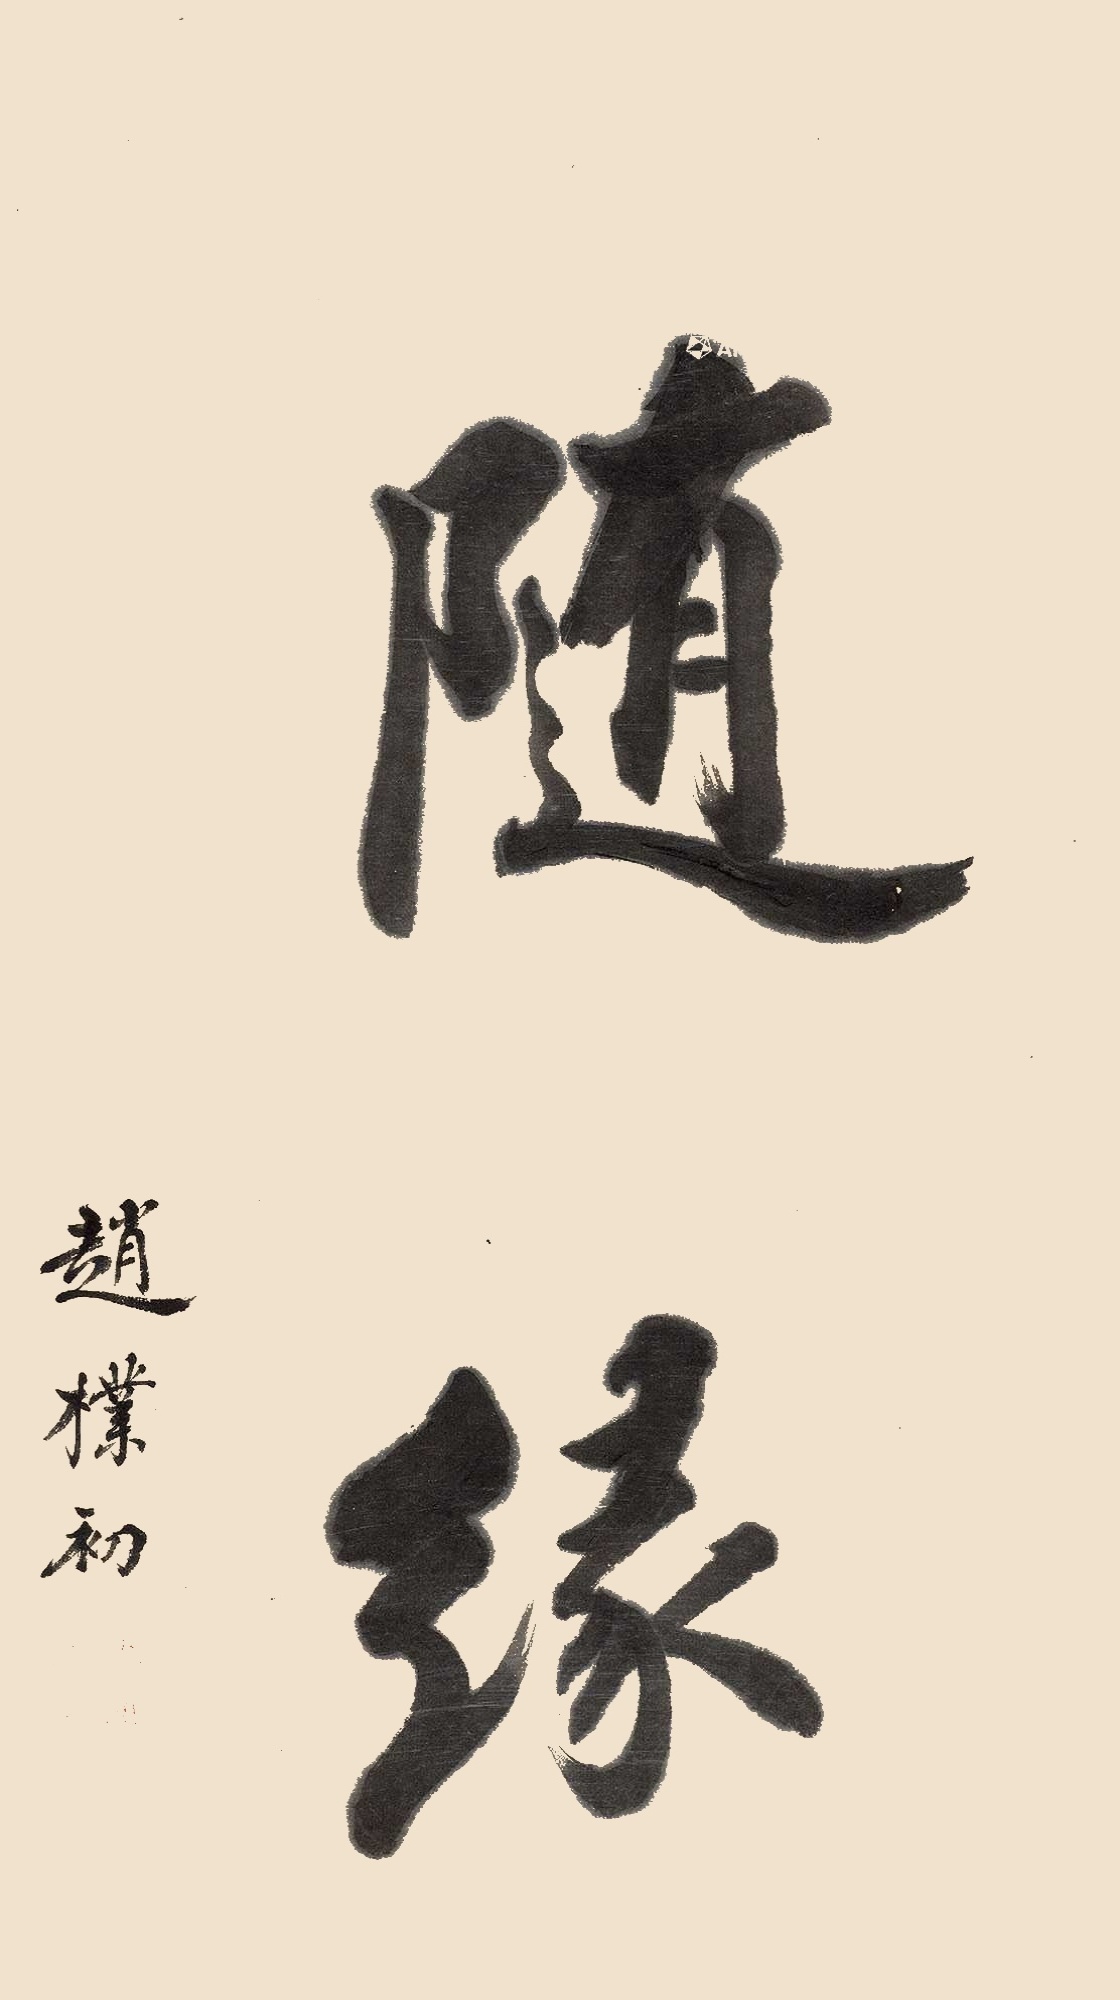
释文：随缘赵朴初